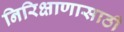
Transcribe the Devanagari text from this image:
निरिक्षाणासाठी